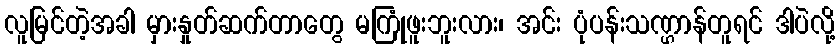
လူမြင်တဲ့အခါ မှားနှုတ်ဆက်တာတွေ မကြုံဖူးဘူးလား၊ အင်း ပုံပန်းသဏ္ဌာန်တူရင် ဒါပဲလို့